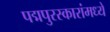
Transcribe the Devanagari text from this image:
पद्मपुरस्कारांमध्ये